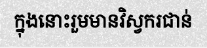
ក្នុងនោះរួមមានវិស្វករជាន់